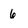
Character: 6